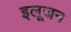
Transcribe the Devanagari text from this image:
इलूजन